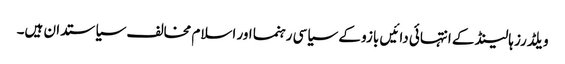
ویلڈرز ہالینڈ کے انتہائی دائیں بازو کے سیاسی رہنما اور اسلام مخالف سیاستدان ہیں۔